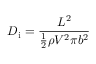
D _ { \mathrm { i } } = { \frac { L ^ { 2 } } { { \frac { 1 } { 2 } } \rho V ^ { 2 } \pi b ^ { 2 } } }